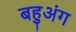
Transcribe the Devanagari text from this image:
बहुअंग